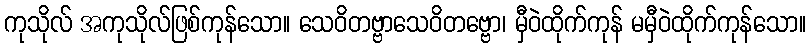
ကုသိုလ် အကုသိုလ်ဖြစ်ကုန်သော။ သေဝိတဗ္ဗာသေဝိတဗ္ဗော၊ မှီဝဲထိုက်ကုန် မမှီဝဲထိုက်ကုန်သော။